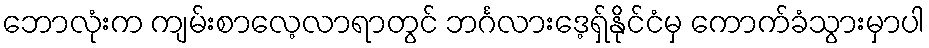
ဘောလုံးက ကျမ်းစာလေ့လာရာတွင် ဘင်္ဂလားဒေ့ရှ်နိုင်ငံမှ ကောက်ခံသွားမှာပါ